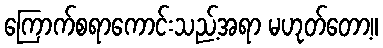
ကြောက်စရာကောင်းသည့်အရာ မဟုတ်တော့။